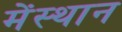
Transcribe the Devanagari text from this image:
मेंस्थान